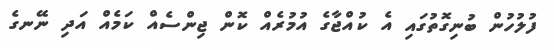
ފުލުހުން ބުނިގޮތުގައި އެ ކުއްޖާގެ އުމުރެއް ކޮން ޖިންސެއް ކަމެއް އަދި ނޭނގެ